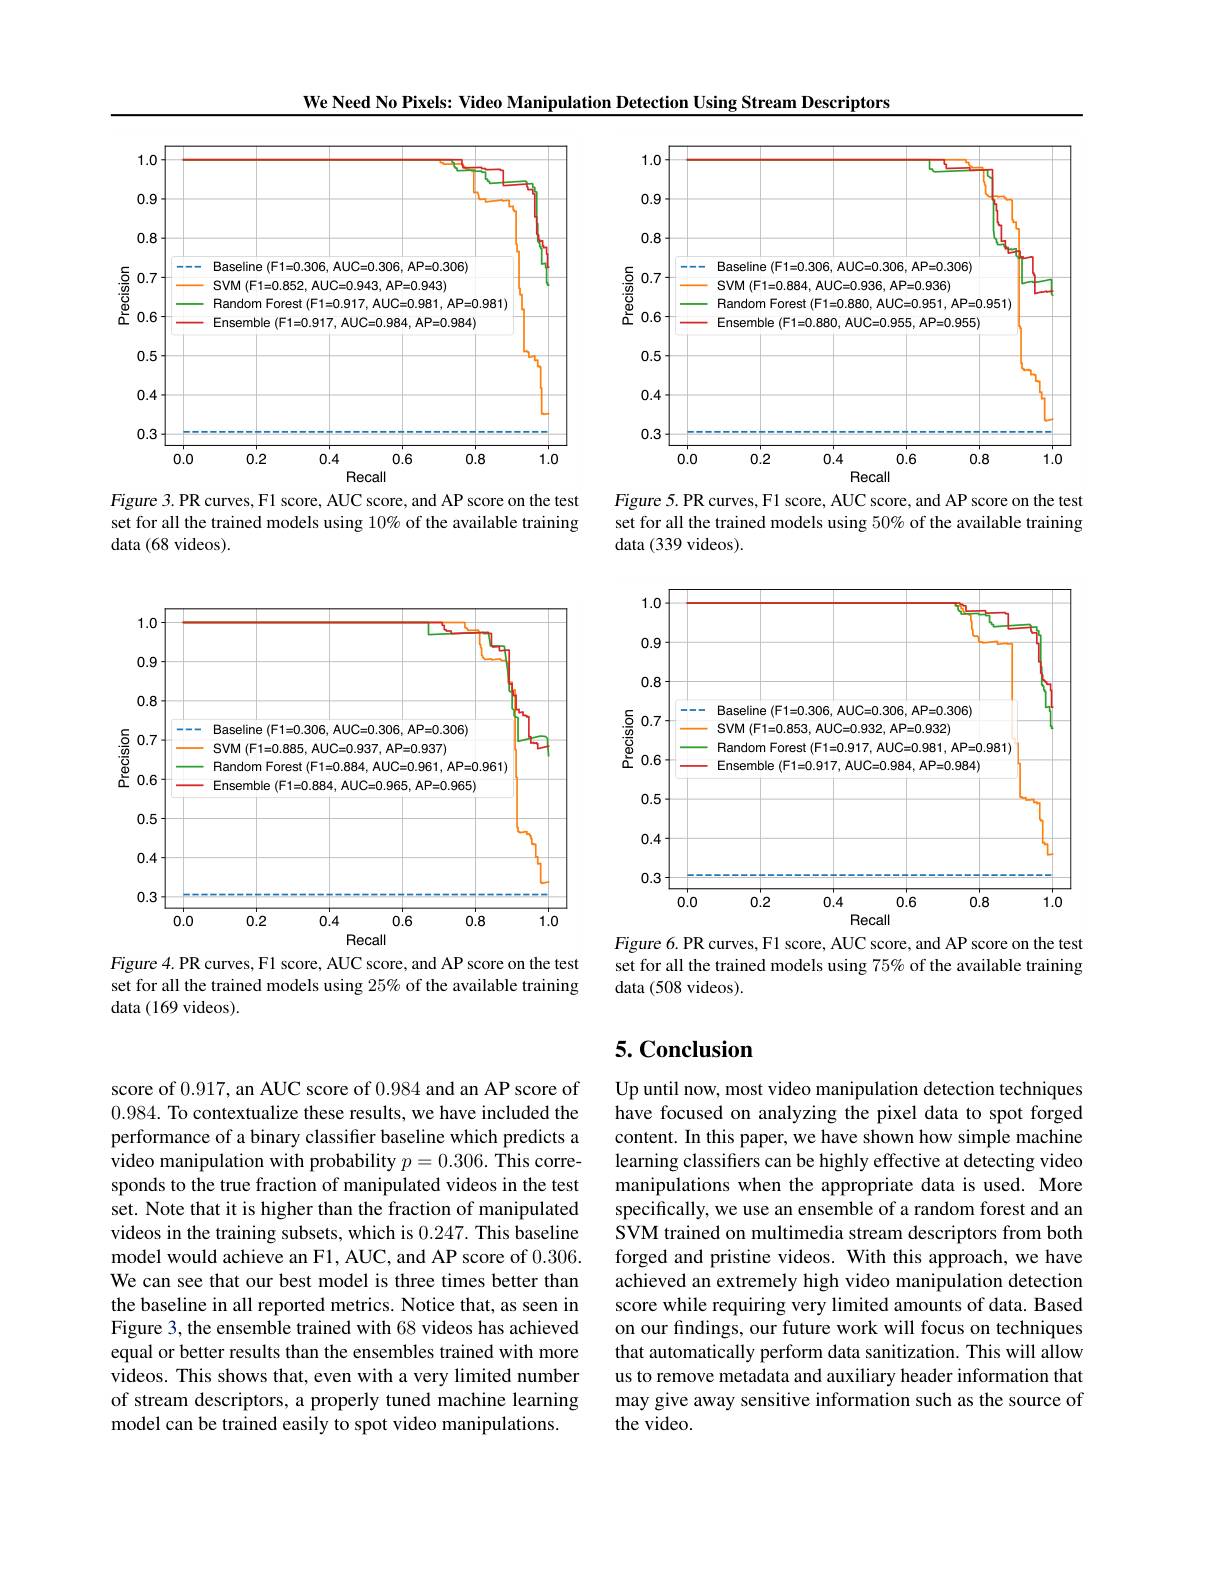
We Need No Pixels: Video Manipulation Detection Using Stream Descriptors

score of 0.917, an AUC score of 0.984 and an AP score of 0.984. To contextualize these results, we have included the performance of a binary classifter baseline which predicts a video manipulation with probability $p=0.306.$ This corresponds to the true fraction of manipulated videos in the test set. Note that it is higher than the fraction of manipulated videos in the training subsets, which is 0.247. This baseline model would achieve an F1, AUC, and AP score of 0.306. We can see that our best model is three times better than the baseline in all reported metrics. Notice that, as seen in Figure 3, the ensemble trained with 68 videos has achieved equal or better results than the ensembles trained with more videos. This shows that, even with a very limited number of stream descriptors, a properly tuned machine learning model can be trained easily to spot video manipulations.

<FigureHere>

Figure 3. PR curves, F1 score, AUC score, and AP score on the test set for all the trained models using 10% of the available training data (68 videos).

<FigureHere>

Figure 4. PR curves, F1 score, AUC score, and AP score on the test set for all the trained models using 25% of the available training data (169 videos).

<FigureHere>

Figure 5. PR curves, F1 score, AUC score, and AP score on the test set for all the trained models using 50% of the available training data (339 videos).

<FigureHere>

Figure 6. PR curves, F1 score, AUC score, and AP score on the test set for all the trained models using 75% of the available training data (508 videos).

# 5. Conclusion

Up until now, most video manipulation detection techniques have focused on analyzing the pixel data to spot forged content. In this paper, we have shown how simple machine learning classifiers can be highly effective at detecting video manipulations when the appropriate data is used. More specifically, we use an ensemble of a random forest and an SVM trained on multimedia stream descriptors from both forged and pristine videos. With this approach, we have achieved an extremely high video manipulation detection score while requiring very limited amounts of data. Based on our findings, our future work will focus on techniques that automatically perform data sanitization. This will allow us to remove metadata and auxiliary header information that may give away sensitive information such as the source of the video.